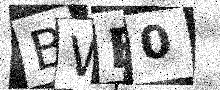
Text: BWE0